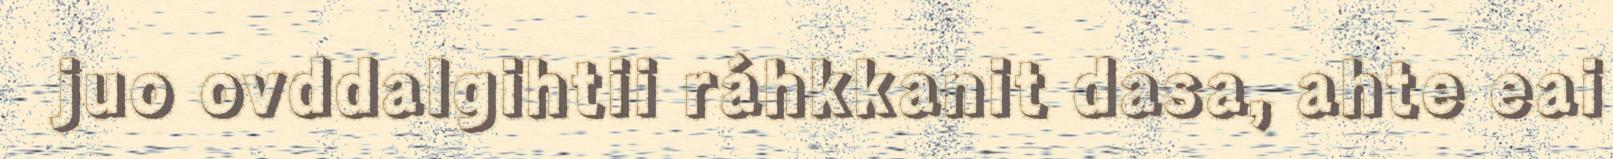
juo ovddalgihtii ráhkkanit dasa, ahte eai